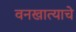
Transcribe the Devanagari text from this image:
वनखात्याचे